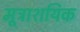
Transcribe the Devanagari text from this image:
मूत्राशयिक